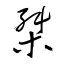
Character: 桀